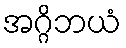
အဂ္ဂိဘယံ